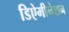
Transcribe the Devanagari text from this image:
डिऐमीनेशन